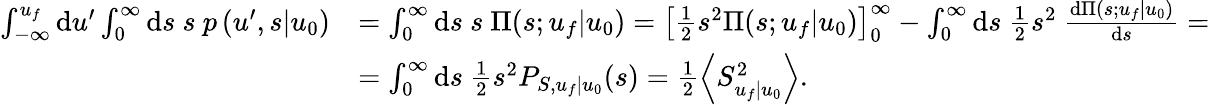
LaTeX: \begin{array}{rl}{\int_{-\infty}^{u_{f}}\mathrm{d}u^{\prime}\int_{0}^{\infty}\mathrm{d}s\ s\ p\left(\left.u^{\prime},s\right|u_{0}\right)}&{=\int_{0}^{\infty}\mathrm{d}s\ s\ \Pi(s;u_{f}|u_{0})=\left[\frac{1}{2}s^{2}\Pi(s;u_{f}|u_{0})\right]_{0}^{\infty}-\int_{0}^{\infty}\mathrm{d}s\ \frac{1}{2}s^{2}\ \frac{\mathrm{d}\Pi(s;u_{f}|u_{0})}{\mathrm{d}s}=}\\ &{=\int_{0}^{\infty}\mathrm{d}s\ \frac{1}{2}s^{2}P_{S,u_{f}|u_{0}}(s)=\frac{1}{2}\left\langle S_{u_{f}|u_{0}}^{2}\right\rangle.}\end{array}